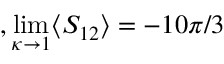
, \operatorname* { l i m } _ { \kappa \rightarrow 1 } \langle S _ { 1 2 } \rangle = - 1 0 \pi / 3